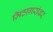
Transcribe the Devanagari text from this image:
मिठागरांवर